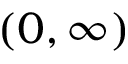
( 0 , \infty )